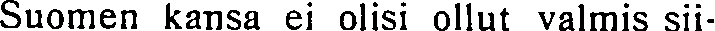
Suomen kansa ei olisi ollut valmis sii-